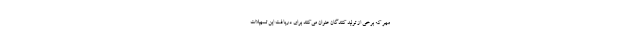
مهر که برخی از تولید کنندگان عنوان می‌کنند برای دریافت این تسهیلات